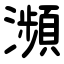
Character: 瀕